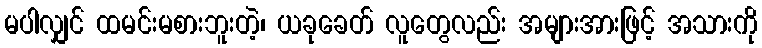
မပါလျှင် ထမင်းမစားဘူးတဲ့၊ ယခုခေတ် လူတွေလည်း အများအားဖြင့် အသားကို